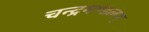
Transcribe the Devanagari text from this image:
चन्द्रमण्डलम्